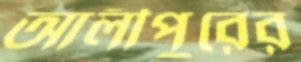
আলীপুরের